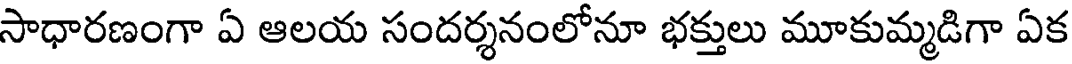
సాధారణంగా ఏ ఆలయ సందర్శనంలోనూ భక్తులు మూకుమ్మడిగా ఏక